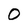
Character: O